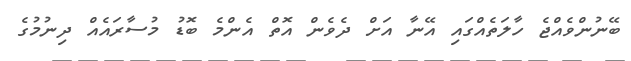
ބޭނުންވެއްޖެ ހާލަތެއްގައި އޭނާ އަށް ދެވެން އޮތް އެންމެ ބޮޑު މުސާރައެއް ދިނުމުގެ